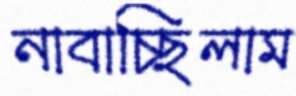
নাবাচ্ছিলাম